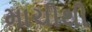
માચીથી